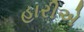
હારીએ